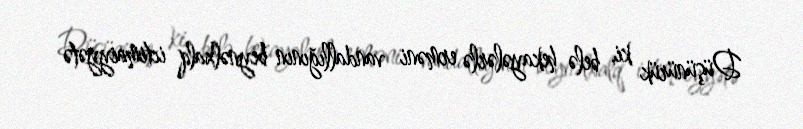
Düşünürük ki, belə hekayələrlə erməni vandallığının beynəlxalq ictimaiyyətə